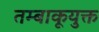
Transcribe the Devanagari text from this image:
तम्बाकूयुक्त